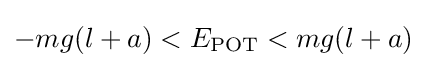
-mg(l+a)<E_{\mathrm {POT} }<mg(l+a)